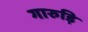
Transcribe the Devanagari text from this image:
गारुड़ि